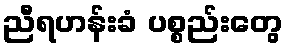
ညီရဟန်းခံ ပစ္စည်းတွေ